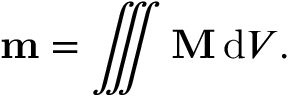
\mathbf { m } = \iiint \mathbf { M } \, \mathrm { d } V .